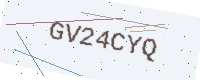
Text: GV24CYQ